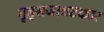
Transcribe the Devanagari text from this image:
गृहसजावटकार